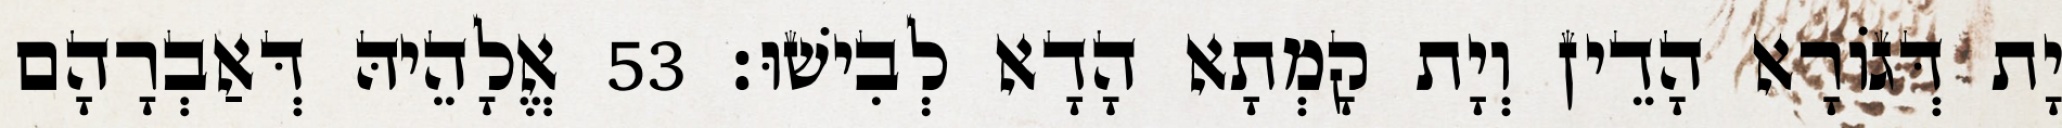
יָת דְּגוֹרָא הָדֵין וְיָת קָמְתָא הָדָא לְבִישׁוּ׃ 53 אֱלָהֵיהּ דְּאַבְרָהָם